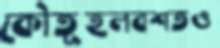
কৌতূহলবশতও